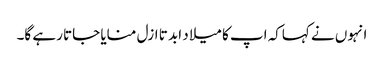
انہوں نے کہاکہ اپ کا میلا د ابد تا ازل منایا جاتا رہے گا۔